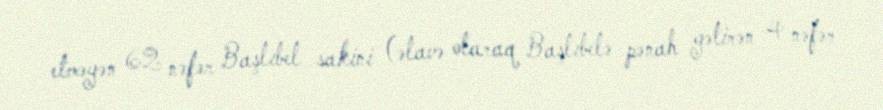
etməyən 62 nəfər Başlıbel sakini (əlavə olaraq Başlıbelə pənah gətirən 4 nəfər